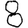
Digit: 8